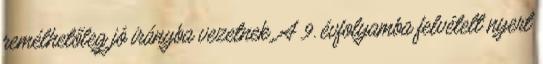
remélhetőleg jó irányba vezetnek. A 9. évfolyamba felvételt nyert